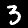
Digit: 3